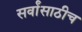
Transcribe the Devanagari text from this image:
सर्वांसाठीच